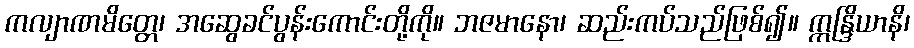
ကလျာဏမိတ္တေ၊ အဆွေခင်ပွန်းကောင်းတို့ကို။ ဘဇမာနော၊ ဆည်းကပ်သည်ဖြစ်၍။ ဣန္ဒြိယာနိ၊